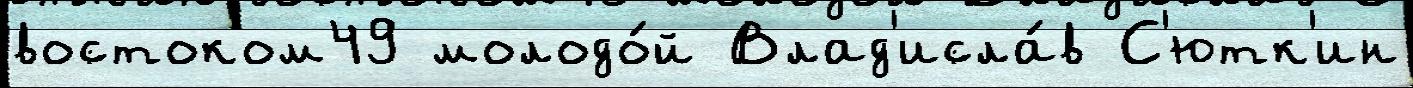
востоком49 молодо́й Влад'исла́в С'ютк'ин